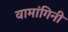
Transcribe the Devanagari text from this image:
वामांगिनी